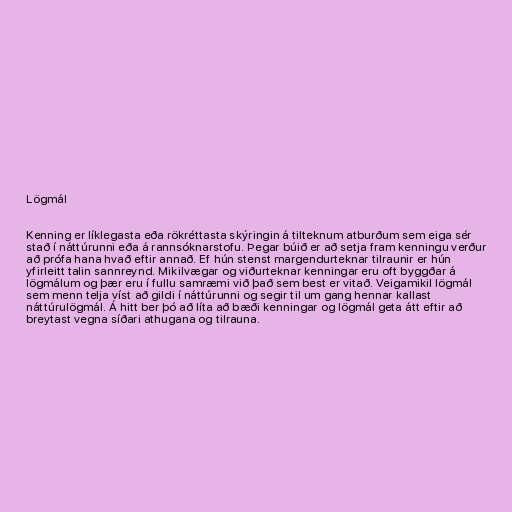
Lögmál

Kenning er líklegasta eða rökréttasta skýringin á tilteknum atburðum sem eiga sér
stað í náttúrunni eða á rannsóknarstofu. Þegar búið er að setja fram kenningu verður
að prófa hana hvað eftir annað. Ef hún stenst margendurteknar tilraunir er hún
yfirleitt talin sannreynd. Mikilvægar og viðurteknar kenningar eru oft byggðar á
lögmálum og þær eru í fullu samræmi við það sem best er vitað. Veigamikil lögmál
sem menn telja víst að gildi í náttúrunni og segir til um gang hennar kallast
náttúrulögmál. Á hitt ber þó að líta að bæði kenningar og lögmál geta átt eftir að
breytast vegna síðari athugana og tilrauna.